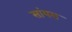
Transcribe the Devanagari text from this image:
सांयस